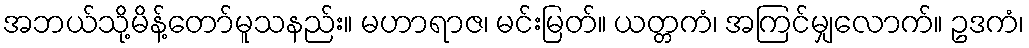
အဘယ်သို့မိန့်တော်မူသနည်း။ မဟာရာဇ၊ မင်းမြတ်။ ယတ္တကံ၊ အကြင်မျှလောက်။ ဥဒကံ၊